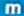
m